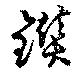
鑚